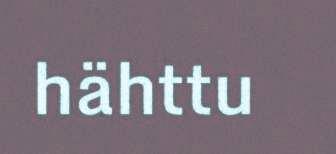
hähttu